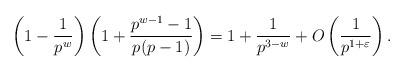
LaTeX: \begin{align*}\left( 1-\frac{1}{p^w}\right)\left(1+ \frac{p^{w-1}-1}{p(p-1)}\right) = 1+\frac{1}{p^{3-w}} + O\left( \frac{1}{p^{1+\varepsilon}}\right).\end{align*}